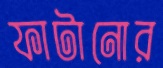
ফাটানোর